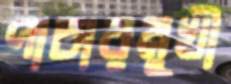
পাচারমুখী